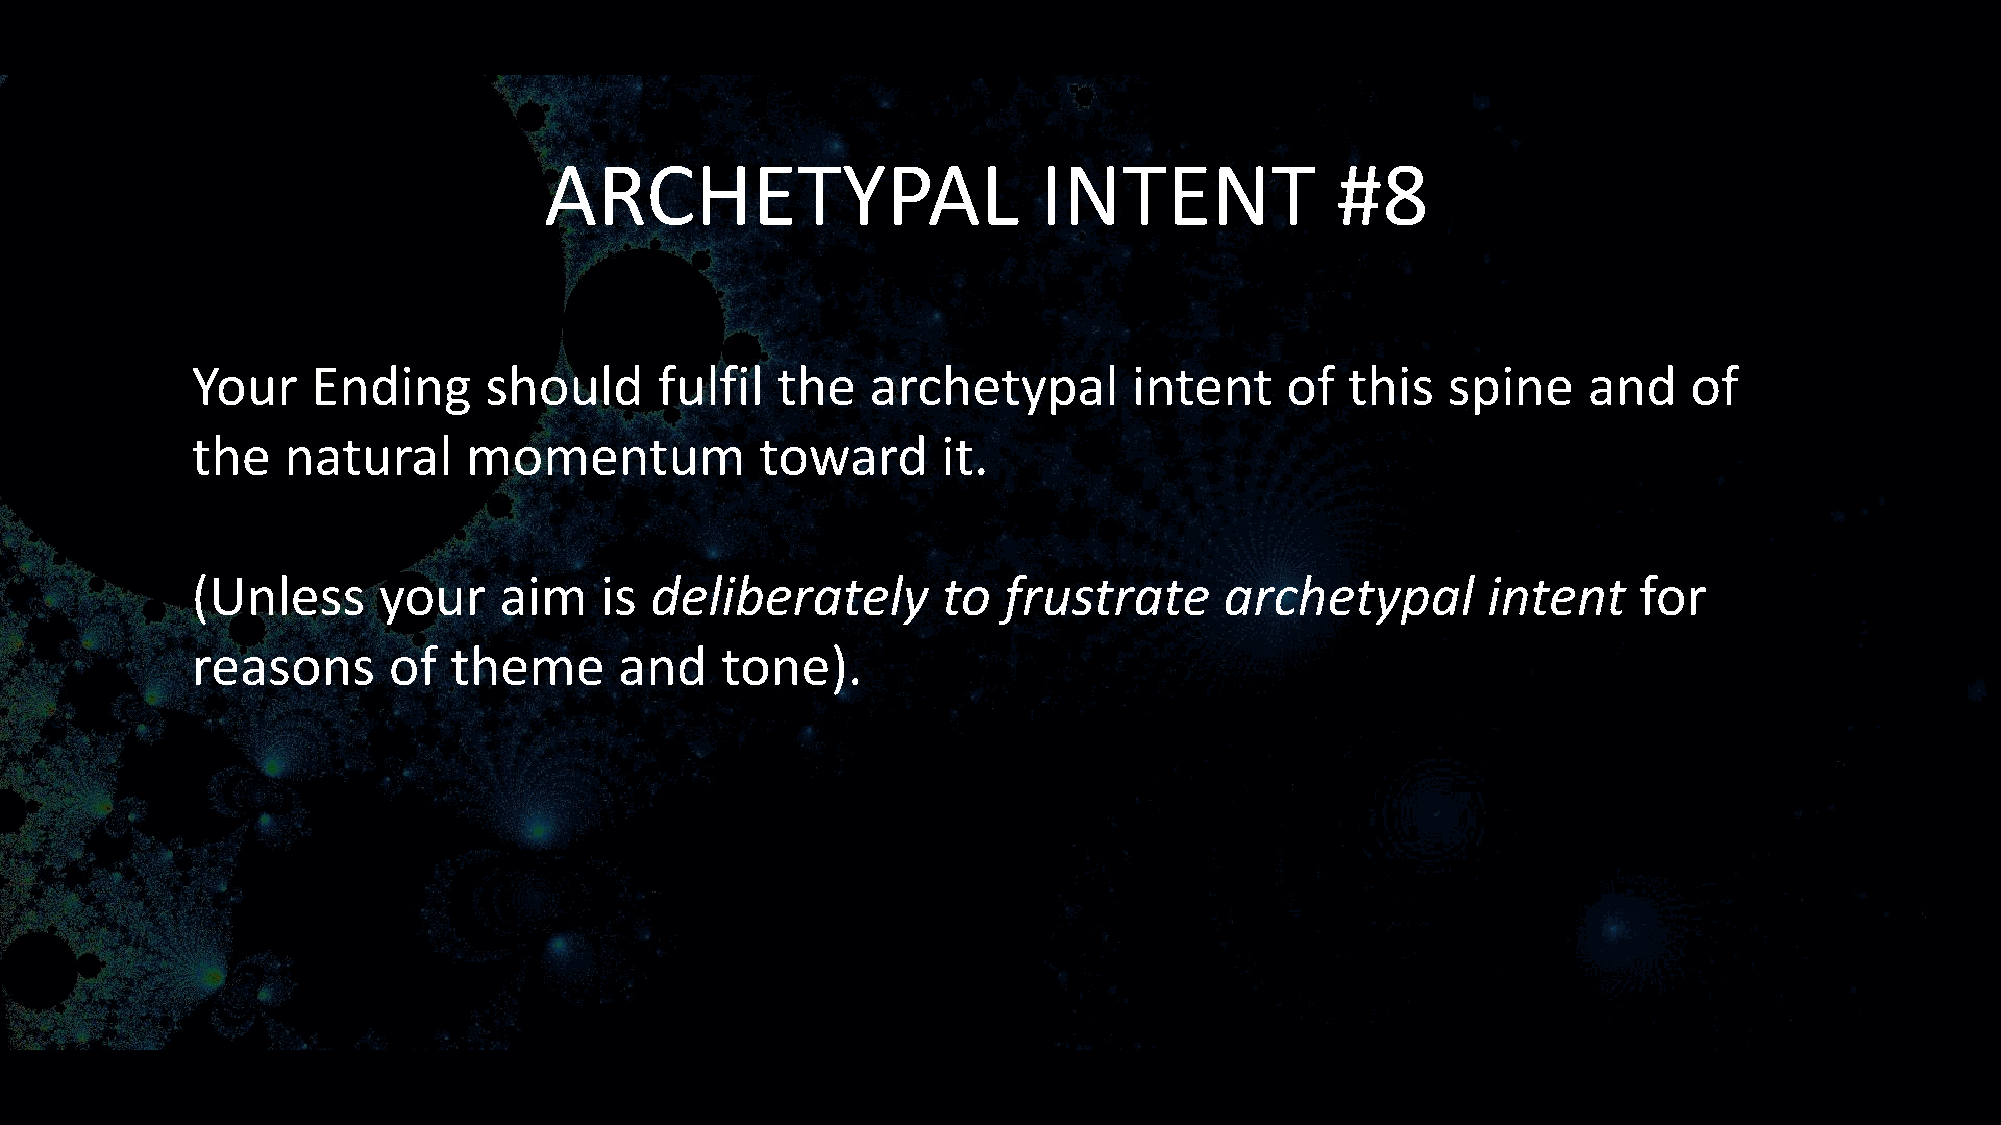
ARCHETYPAL                       INTENT             #8
 Your    Ending     should      fulfil the    archetypal       intent    of  this   spine    and    of
 the   natural     momentum           toward      it.
 (Unless     your    aim    is deliberately       to  frustrate      archetypal       intent    for
 reasons      of  theme      and    tone).